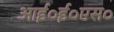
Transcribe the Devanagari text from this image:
आई०ई०एस०